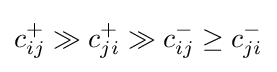
c_{ij}^{+}\gg c_{ji}^{+}\gg c_{ij}^{-}\geq c_{ji}^{-}